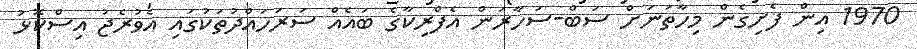
1970 އިން ފެށިގެން މިހާތަނަށް ސަބް-ސަހާރަން އެފްރިކާގެ ބައެއް ސަރަހައްދުތަކުގައި އެވުރެޖު އިސްކޮޅު